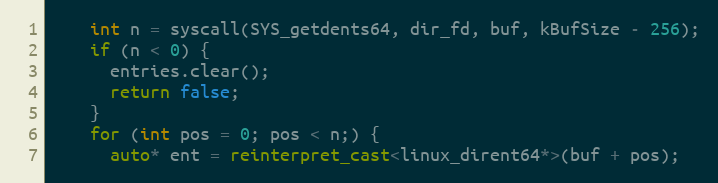
Language: C++
    int n = syscall(SYS_getdents64, dir_fd, buf, kBufSize - 256);
    if (n < 0) {
      entries.clear();
      return false;
    }
    for (int pos = 0; pos < n;) {
      auto* ent = reinterpret_cast<linux_dirent64*>(buf + pos);